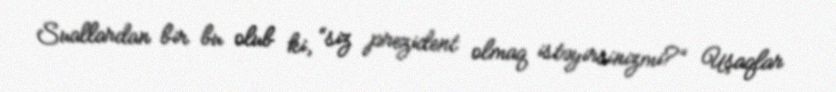
Suallardan bir bu olub ki, “siz prezident olmaq istəyirsinizmi?” Uşaqlar